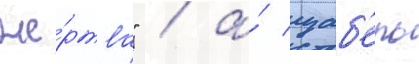
же́ртва" / а́ изаб'ель